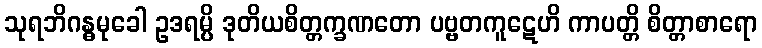
သုရဘိဂန္ဓမုခေါ ဥဒရမ္ပိ ဒုတိယစိတ္တက္ခဏတော ပဗ္ဗတကူဋေဟိ ကာပတ္တိ စိတ္တာစာရော